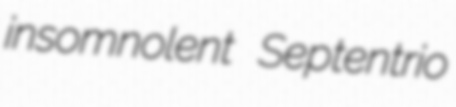
insomnolent Septentrio